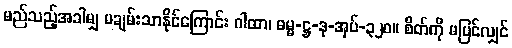
မည်သည့်အခါမျှ မချမ်းသာနိုင်ကြောင်း ဂါထာ၊ ဓမ္မ-ဋ္ဌ-ဒု-အုပ်-၃၂၀။ စိတ်ကို မပြင်လျှင်